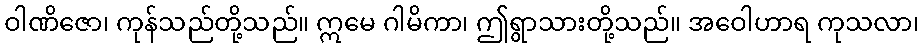
ဝါဏိဇော၊ ကုန်သည်တို့သည်။ ဣမေ ဂါမိကာ၊ ဤရွာသားတို့သည်။ အဝေါဟာရ ကုသလာ၊